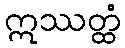
ဣဿတ္ထံ